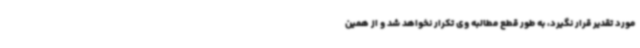
مورد تقدیر قرار نگیرد، به طور قطع مطالبه وی تکرار نخواهد شد و از همین